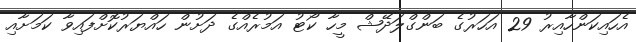
އެހައިކަންހާއިރު 29 އަހަރުގެ ބަންގްލަދޭޝް މީހާ ކޯޓު އަމުރެއްގެ ދަށުން ހައްޔަރުކޮށްފައިވާ ކަމަށާއި